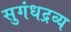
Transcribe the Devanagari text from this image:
सुगंधद्रव्य